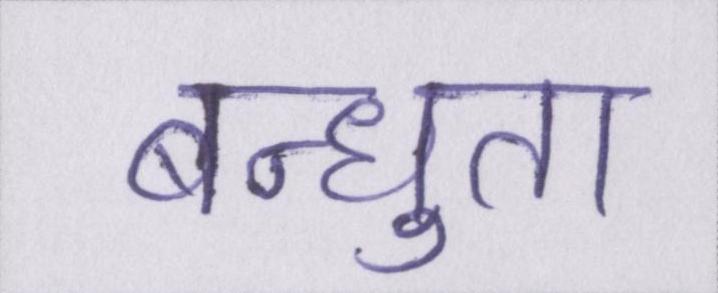
बन्धुता